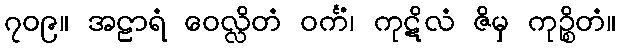
၇၀၉။ အဠာရံ ဝေလ္လိတံ ဝင်္ကံ၊ ကုဋိလံ ဇိမှ ကုဉ္စိတံ။